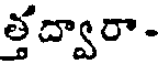
త్తద్వారా.